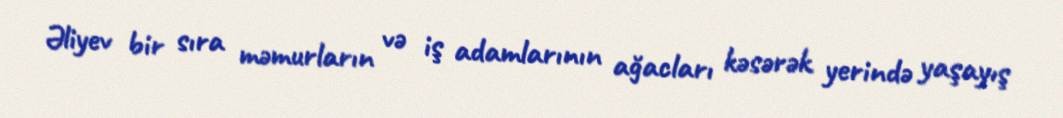
Əliyev bir sıra məmurların və iş adamlarının ağacları kəsərək yerində yaşayış